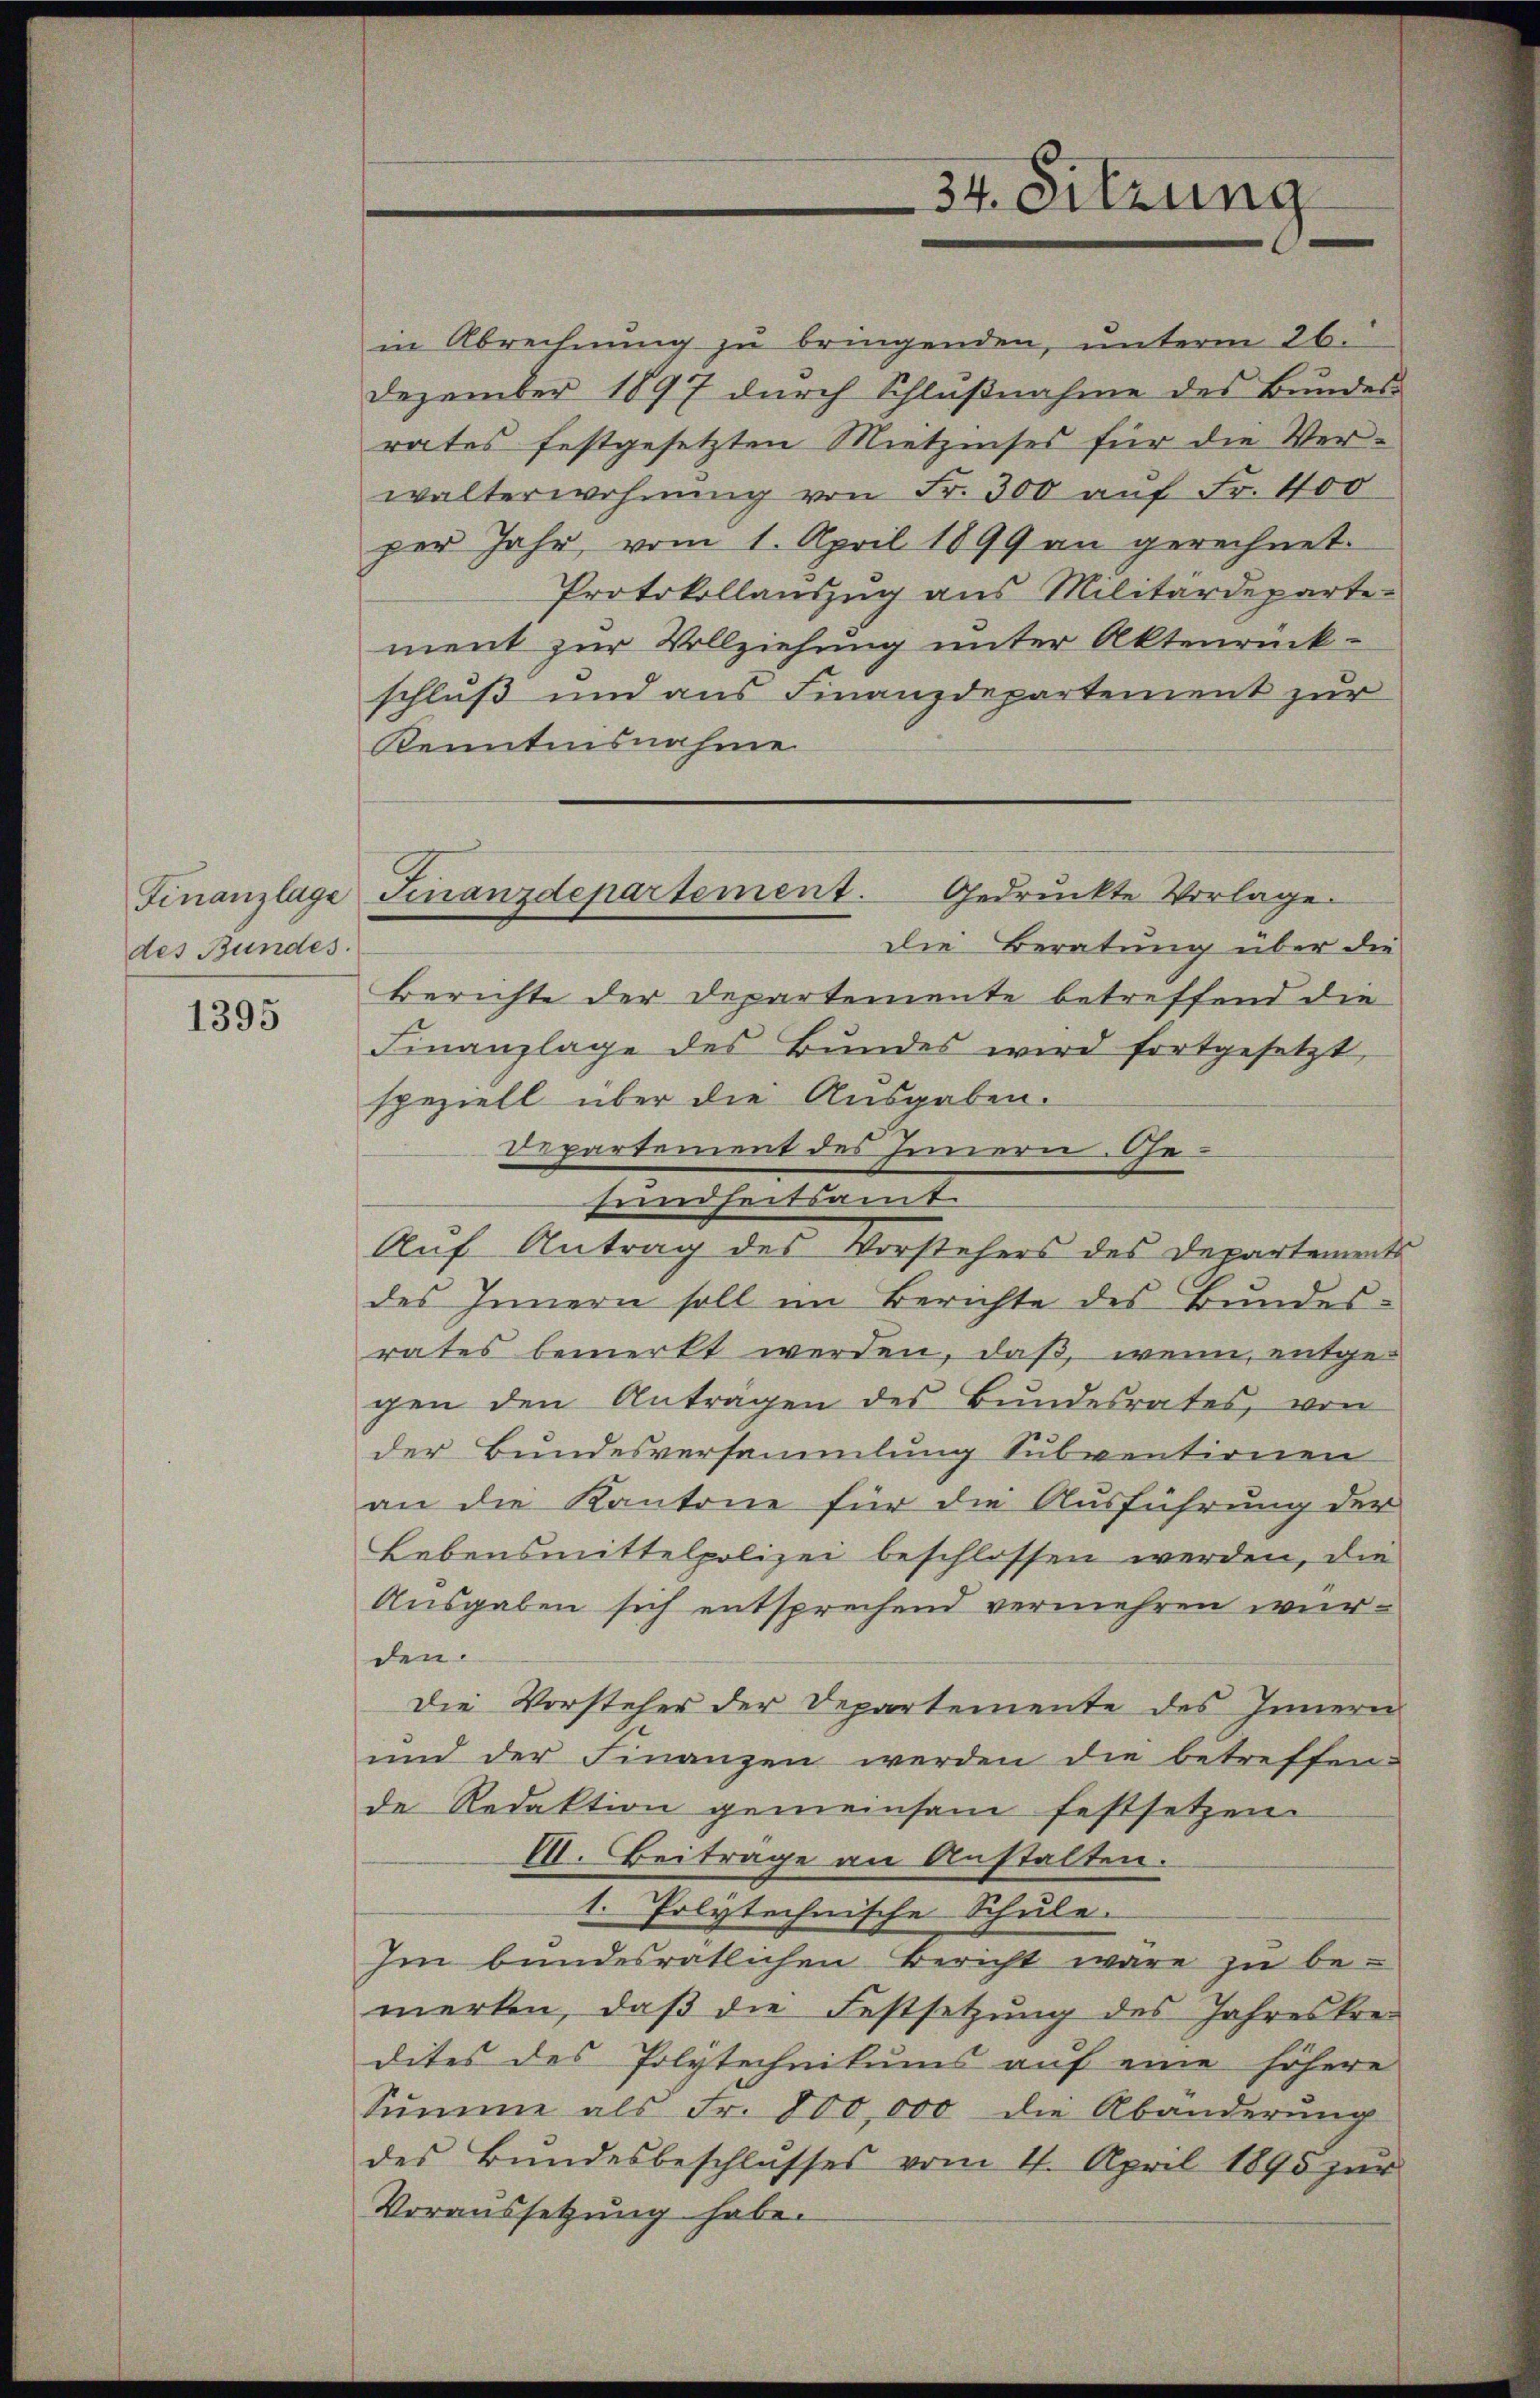
des Bundes

1395

ment zur Vollziehung unter Aktenrückschluß und aus Finanzdepartement zur
Kenntnisnahme
Die Beratung über die
Berichte der Departemente betreffend die
Finanzlage des Bundes wird fortgesetzt,
speziell über die Ausgaben.
Departement des Innern. Gesundheitsamt
Auf Antrag des Vorstehers des Departements
des Innern soll im Berichte des Bundes-
rates bemerkt werden, daß, wenn entgegen den Anträgen des Bŭndesrates, von
der Bundesversammlung Subventionen
an die Kantone für die Ausführung der
Lebensmittelpolizei beschlossen werden, die
Ausgaben sich entsprechend vermehren wurden.
Die Vorsteher der Departemente des Innern
ŭnd der Finanzen werden die betreffen-
de Redaktion gemeinsam festsetzen.
VII. Beiträge an Anstalten.
1. Polytechnische Schule.
Im bundesrätlichen Bericht wäre zu bemerken, daß die Festsetzung des Jahreskredites des Polytechnikums auf eine höhere
Sŭmme als Fr. 800,000 die Abänderŭng
des Bŭndesbeschlusses vom 11. April 1895 zŭr
Voraussetzung habe.

in Abrechnung zu bringenden, unterm 26.
Dezember 1897 durch Schlußnahme des Bundes
rates festgesetzten Mietzinses für die Verwalterwohnung von Fr. 300 auf Fr. 400
per Jahr, vom 1. April 1899 an gerechnet.
Protokollauszug aus Militärdeparte¬

Gedruckte Vorlage.
Finanzlage Finanzdepartement.

34. Sitzung